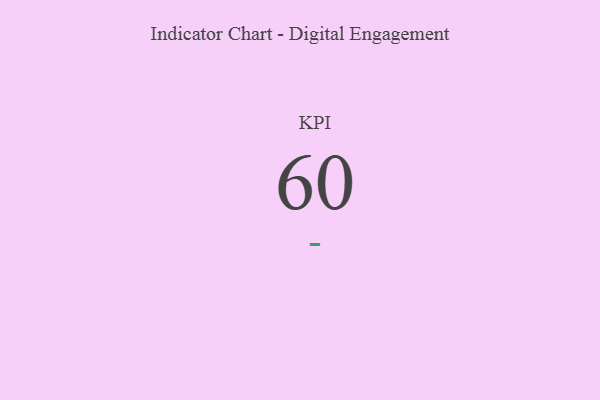
{"axis": {"x": "KPI", "y": "Value"}, "legend": [""], "data": [{"x": "KPI", "y": 60, "type": ""}]}